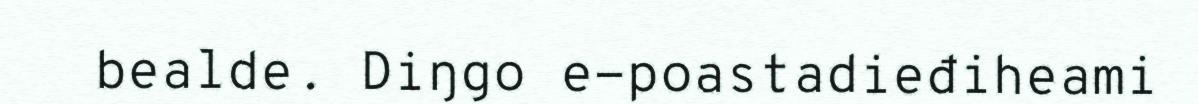
bealde. Diŋgo e-poastadieđiheami